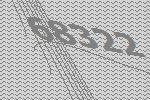
68322